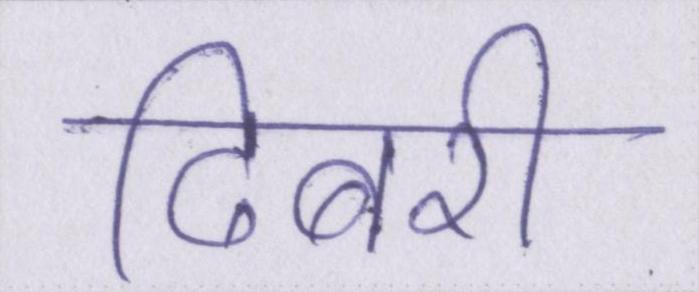
ढिबरी